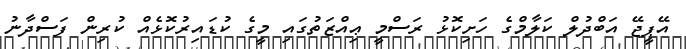
އޭޕީޖޭ އަބްދުލް ކަލާމްގެ ހަށިކޮޅު ރަސްމީ ޢިއްޒަތުގައި މީގެ ކުޑައިރުކޮޅެއް ކުރިން ފަސްދާނު